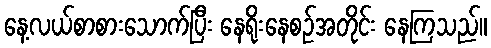
နေ့လယ်စာစားသောက်ပြီး နေရိုးနေစဉ်အတိုင်း နေကြသည်။